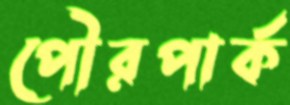
পৌরপার্ক